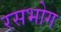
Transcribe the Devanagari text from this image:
रसभोग